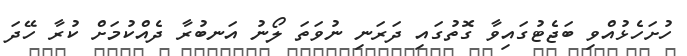
ހުށަހެޅުއްވި ބަޖެޓުގައިވާ ގޮތުގައި ދަރަނި ނުވަތަ ލޯނު އަނބުރާ ދެއްކުމަށް ކުރާ ހޭދަ